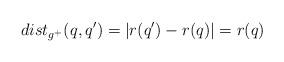
LaTeX: \begin{align*} dist_{g^+}(q,q')=|r(q')-r(q)|=r(q)\end{align*}